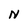
Character: N